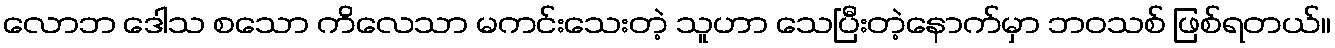
လောဘ ဒေါသ စသော ကိလေသာ မကင်းသေးတဲ့ သူဟာ သေပြီးတဲ့နောက်မှာ ဘဝသစ် ဖြစ်ရတယ်။